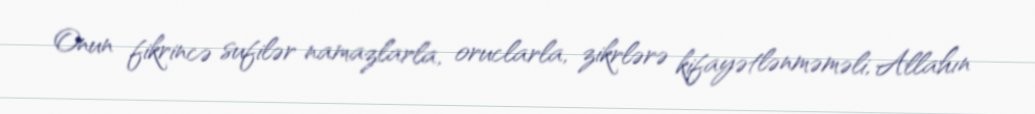
Onun fikrincə sufilər namazlarla, oruclarla, zikrlərə kifayətlənməməli, Allahın